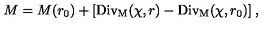
M = M ( r _ { 0 } ) + [ \mathrm { D i v _ { M } } ( \chi , r ) - \mathrm { D i v _ { M } } ( \chi , r _ { 0 } ) ] \: ,